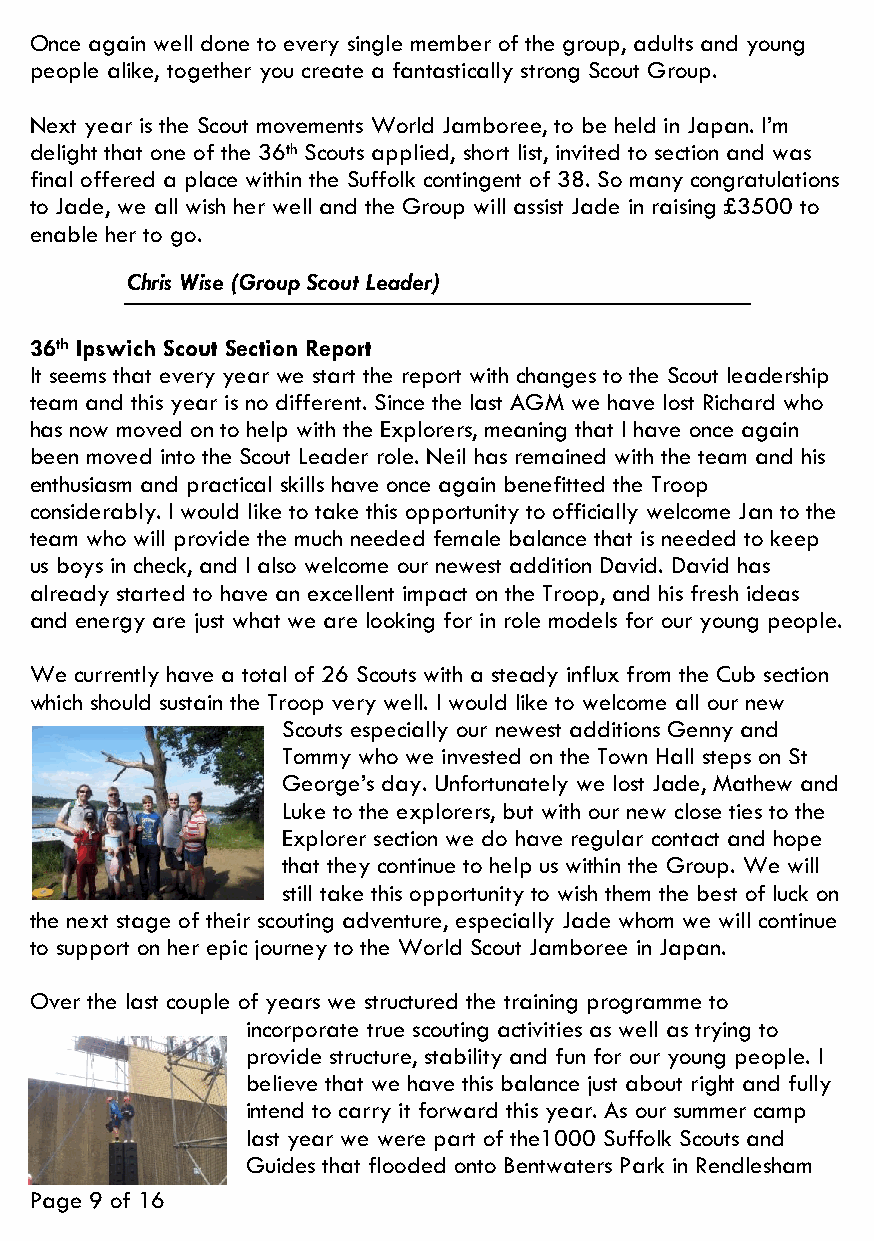
Once again well done to every single member of the group, adults and young
 people alike, together you create a fantastically strong Scout Group.
 Next year is the Scout movements World Jamboree, to be held in Japan. I’m
 delight that one of the 36th Scouts applied, short list, invited to section and was
 final offered a place within the Suffolk contingent of 38. So many congratulations
 to Jade, we all wish her well and the Group will assist Jade in raising £3500 to
 enable her to go.
 Chris Wise (Group Scout Leader)
 36th Ipswich Scout Section Report
 It seems that every year we start the report with changes to the Scout leadership
 team and this year is no different. Since the last AGM we have lost Richard who
 has now moved on to help with the Explorers, meaning that I have once again
 been moved into the Scout Leader role. Neil has remained with the team and his
 enthusiasm and practical skills have once again benefitted the Troop
 considerably. I would like to take this opportunity to officially welcome Jan to the
 team who will provide the much needed female balance that is needed to keep
 us boys in check, and I also welcome our newest addition David. David has
 already started to have an excellent impact on the Troop, and his fresh ideas
 and energy are just what we are looking for in role models for our young people.
 We currently have a total of 26 Scouts with a steady influx from the Cub section
 which should sustain the Troop very well. I would like to welcome all our new
 Scouts especially our newest additions Genny and
 Tommy who we invested on the Town Hall steps on St
 George’s day. Unfortunately we lost Jade, Mathew and
 Luke to the explorers, but with our new close ties to the
 Explorer section we do have regular contact and hope
 that they continue to help us within the Group. We will
 still take this opportunity to wish them the best of luck on
 the next stage of their scouting adventure, especially Jade whom we will continue
 to support on her epic journey to the World Scout Jamboree in Japan.
 Over the last couple of years we structured the training programme to
 incorporate true scouting activities as well as trying to
 provide structure, stability and fun for our young people. I
 believe that we have this balance just about right and fully
 intend to carry it forward this year. As our summer camp
 last year we were part of the1000 Suffolk Scouts and
 Guides that flooded onto Bentwaters Park in Rendlesham
 Page 9 of 16